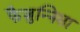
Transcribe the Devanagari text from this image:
फैजुन्निसा